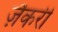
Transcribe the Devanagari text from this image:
ज़ैकरी